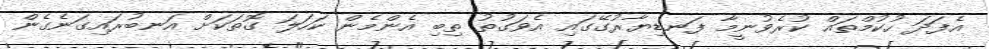
އެފަދަ ހުކުމްތައް ކުރެވުނީމާ ފަނޑިޔާރުގޭގައި އެވަގުތު ތިބި އެންމެން ކަހަލަ ގޮތަކަށް އަނބުރައިގަނެގެން